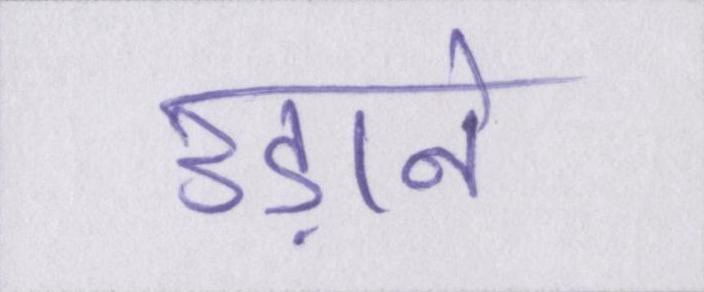
उड़ाने